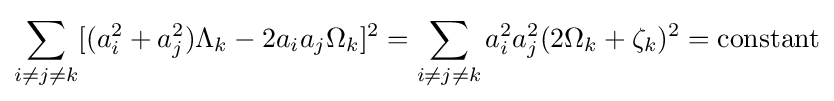
\sum _{i\neq j\neq k}[(a_{i}^{2}+a_{j}^{2})\Lambda _{k}-2a_{i}a_{j}\Omega _{k}]^{2}=\sum _{i\neq j\neq k}a_{i}^{2}a_{j}^{2}(2\Omega _{k}+\zeta _{k})^{2}={\text{constant}}